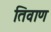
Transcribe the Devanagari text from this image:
तिवाण